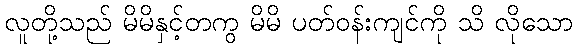
လူတို့သည် မိမိနှင့်တကွ မိမိ ပတ်ဝန်းကျင်ကို သိ လိုသော